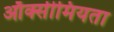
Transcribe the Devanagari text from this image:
ऑक्सीमियता